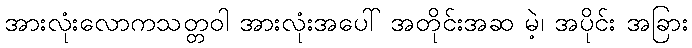
အားလုံးလောကသတ္တဝါ အားလုံးအပေါ် အတိုင်းအဆ မဲ့၊ အပိုင်း အခြား